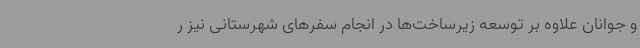
و جوانان علاوه بر توسعه زیرساخت‌ها در انجام سفرهای شهرستانی نیز ر